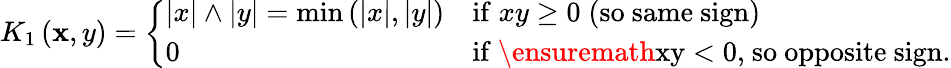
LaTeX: K_{1}\left(\mathbf{x},y\right)=\left\{ \begin{array}{ll}{\left|x\right|\wedge\left|y\right|=\operatorname*{min}\left(\left|x\right|,\left|y\right|\right)}&{\mathrm{if}\; xy\geq 0\; \mathrm{(so~same~sign)}}\\ {0}&{\mathrm{if~\ensuremath{xy<0,}~so~opposite~sign.}}\end{array}\right.